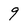
Character: 9